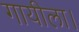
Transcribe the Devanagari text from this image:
गायीला।